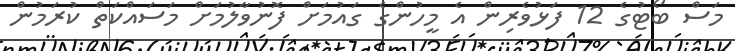
މަސް ބޯޓުގެ 12 ފަޅުވެރިން އެ މީހުންގެ ގައުމަށް ފޮނުވާލުމަށް މަސައްކަތް ކުރަމުން